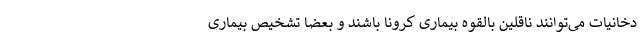
دخانیات می‌توانند ناقلین بالقوه بیماری کرونا باشند و بعضا تشخیص بیماری